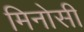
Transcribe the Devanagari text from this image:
मिनोसी